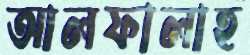
আলফালাহ